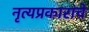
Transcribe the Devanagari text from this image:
नृत्यप्रकारांचे